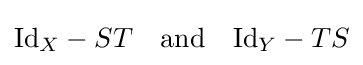
\mathrm {Id} _{X}-ST\quad {\text{and}}\quad \mathrm {Id} _{Y}-TS